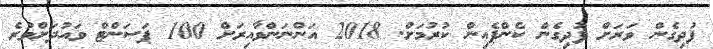
ފުދިގެން ވަރަށް ފުދިގެން ކެންޕެއިން ކުރުމަށް. 2018 އަންނަންވާއިރަށް 100 ޕަސަންޓް ވައުދަށްވުރެ